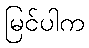
မြင်ပါက